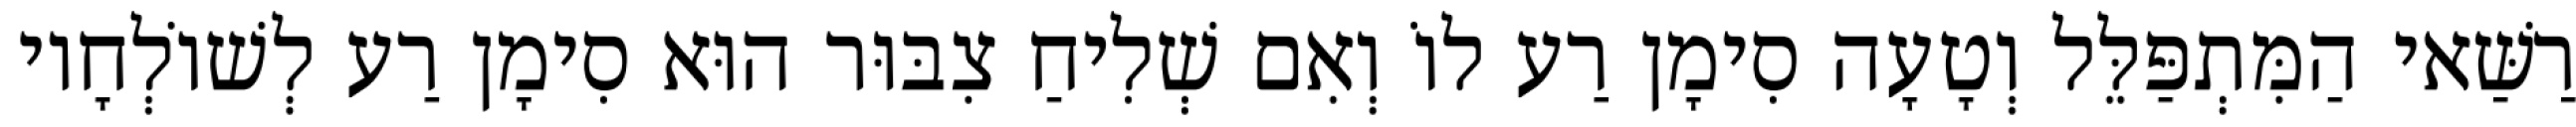
רַשַּׁאי הַמִּתְפַּלֵּל וְטָעָה סִימָן רַע לוֹ וְאִם שְׁלִיחַ צִבּוּר הוּא סִימָן רַע לְשׁוֹלְחָיו